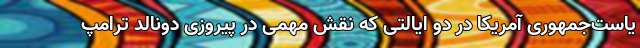
یاست‌جمهوری آمریکا در دو ایالتی که نقش مهمی در پیروزی دونالد ترامپ